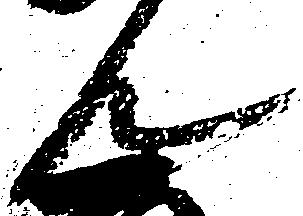
ん